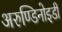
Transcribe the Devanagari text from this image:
अरुण्डिनोइडी